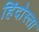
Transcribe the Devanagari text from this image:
हिंदोस्ता